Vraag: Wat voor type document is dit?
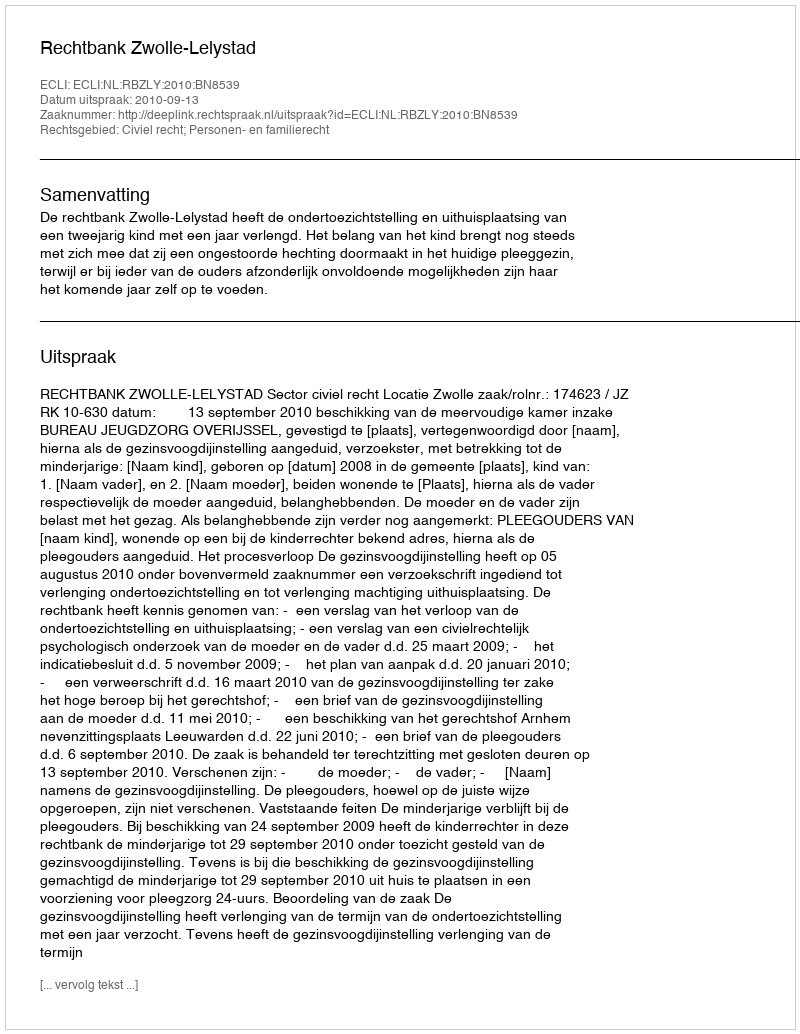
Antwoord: Uitspraak